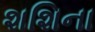
શશિના